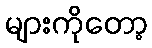
များကိုတော့